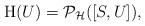
LaTeX: \begin{align*}{\rm H}(U)=\mathcal{P}_\mathcal{H}([S,U]),\end{align*}